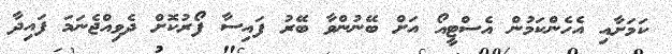
ކަމަށާއި އެހެންކަމުން އެސްޓީއޯ އަށް ބޭނުންވާ ބޭރު ފައިސާ ފޯރުކޮށް ދެވިއްޖެނަމަ ފައިދާ